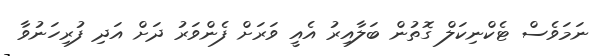
ނަމަވެސް ޓެކްނިކަލް ގޮތުން ބަލާއިރު އެއީ ވަރަށް ފެންވަރު ދަށް އަދި ފުރިހަނުވާ